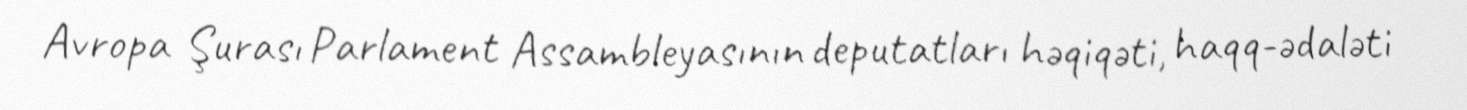
Avropa Şurası Parlament Assambleyasının deputatları həqiqəti, haqq-ədaləti